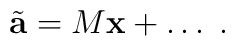
\tilde{\bf{a}} = M  {\bf x} + \ldots \;.